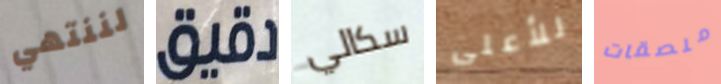
لننتهي دقيق سكالي للأعلى ملصقات